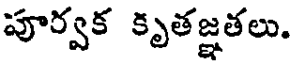
పూర్వక కృతజ్ఞతలు.